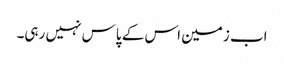
اب زمین اس کے پاس نہیں رہی۔